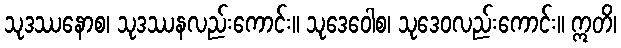
သုဒဿနောစ၊ သုဒဿနလည်းကောင်း။ သုဒေဝေါစ၊ သုဒေဝလည်းကောင်း။ ဣတိ၊